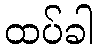
ထပ်ခါ